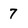
Character: 7